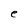
Character: e